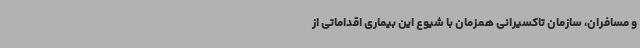
و مسافران، سازمان تاکسیرانی همزمان با شیوع این بیماری اقداماتی از